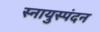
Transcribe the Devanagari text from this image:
स्नायुस्पंदन